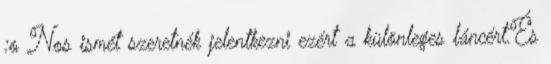
:o Nos ismét szeretnék jelentkezni ezért a különleges láncért.És